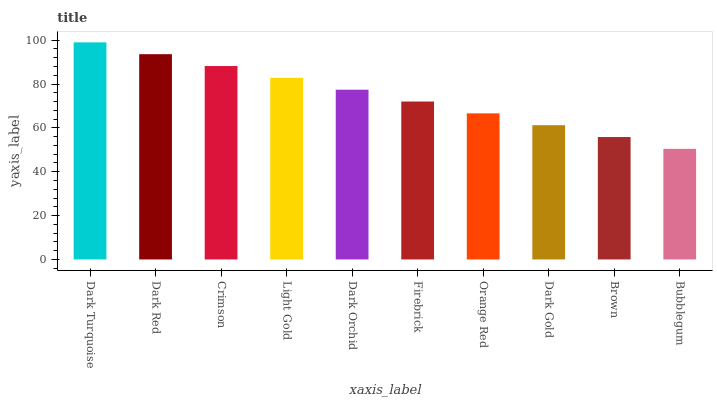
| xaxis_label | bars |
 | --- | --- |
 | Dark Turquoise | 99 |
 | Dark Red | 93.6 |
 | Crimson | 88.2 |
 | Light Gold | 82.8 |
 | Dark Orchid | 77.4 |
 | Firebrick | 72 |
 | Orange Red | 66.6 |
 | Dark Gold | 61.2 |
 | Brown | 55.8 |
 | Bubblegum | 50.4 |